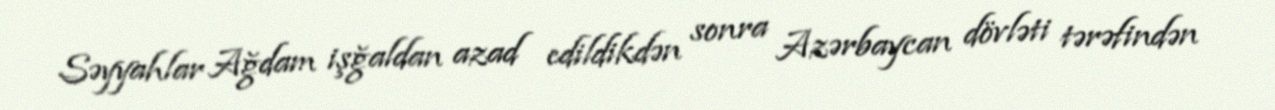
Səyyahlar Ağdam işğaldan azad edildikdən sonra Azərbaycan dövləti tərəfindən